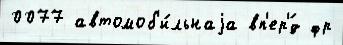
0077 автомоб'и́льнаjа вп'ер'́д фр